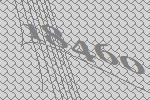
18460